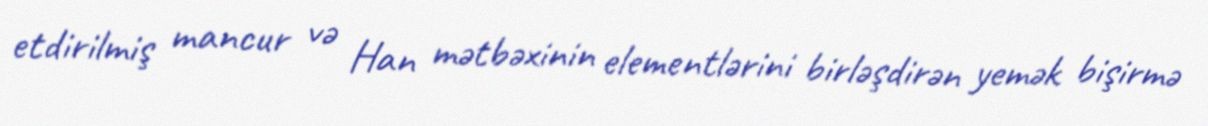
etdirilmiş mancur və Han mətbəxinin elementlərini birləşdirən yemək bişirmə